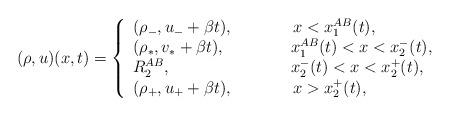
LaTeX: \begin{align*}(\rho,u)(x,t)=\left\{\begin{array}{ll}(\rho_-,u_-+\beta t),\ \ \ \ \ \ \ \ \ \ \ x<x_{1}^{AB}(t),\\(\rho_*,v_*+\beta t),\ \ \ \ \ \ \ \ \ \ \ \ x_{1}^{AB}(t)<x<x_{2}^-(t),\\R_{2}^{AB},\ \ \ \ \ \ \ \ \ \ \ \ \ \ \ \ \ \ \ \ \ \ x_{2}^-(t)<x<x_{2}^+(t),\\(\rho_+,u_++\beta t),\ \ \ \ \ \ \ \ \ \ \ x>x_{2}^+(t),\end{array}\right.\end{align*}